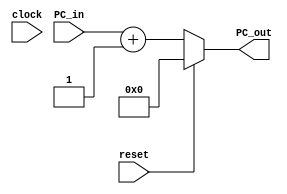
module PC_Incrementer(PC_out, PC_in, reset, clock);

output reg [15:0] PC_out;
input [15:0] PC_in;
input reset, clock;

initial
begin
	PC_out <=16'b0;
end

always @(PC_in, reset)
begin
	if(reset)
		PC_out <= 16'b0;
	else
		PC_out <= PC_in + 2'b01;
end
endmodule